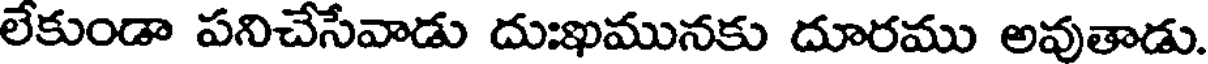
లేకుండా పనిచేసేవాడు దుఃఖమునకు దూరము అవుతాడు.